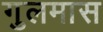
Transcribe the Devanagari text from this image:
गुलमास